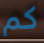
كم